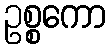
ဥစ္စကော